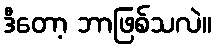
ဒီတော့ ဘာဖြစ်သလဲ။